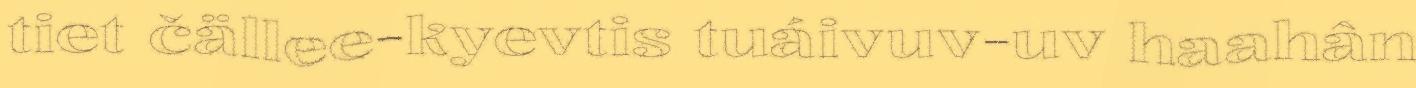
tiet čällee-kyevtis tuáivuv-uv haahân